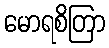
မောရစိတြာ